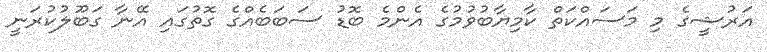
އަރުޝީގެ މި މަސައްކަތް ކާމިޔާބުވުމުގެ އެންމެ ބޮޑު ސަބަބެއްގެ ގޮތުގައި އޭނާ ގަބޫލުކުރަނީ